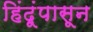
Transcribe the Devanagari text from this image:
हिंदूंपासून